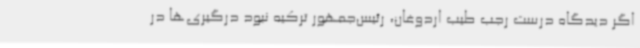
اگر دیدگاه درست رجب طیب اردوغان، رئیس‌جمهور ترکیه نبود درگیری‌ها در